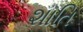
શાતિ